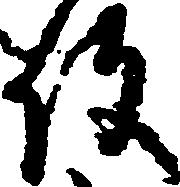
役